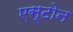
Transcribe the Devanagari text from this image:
एस्टोन